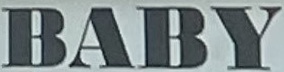
BABY